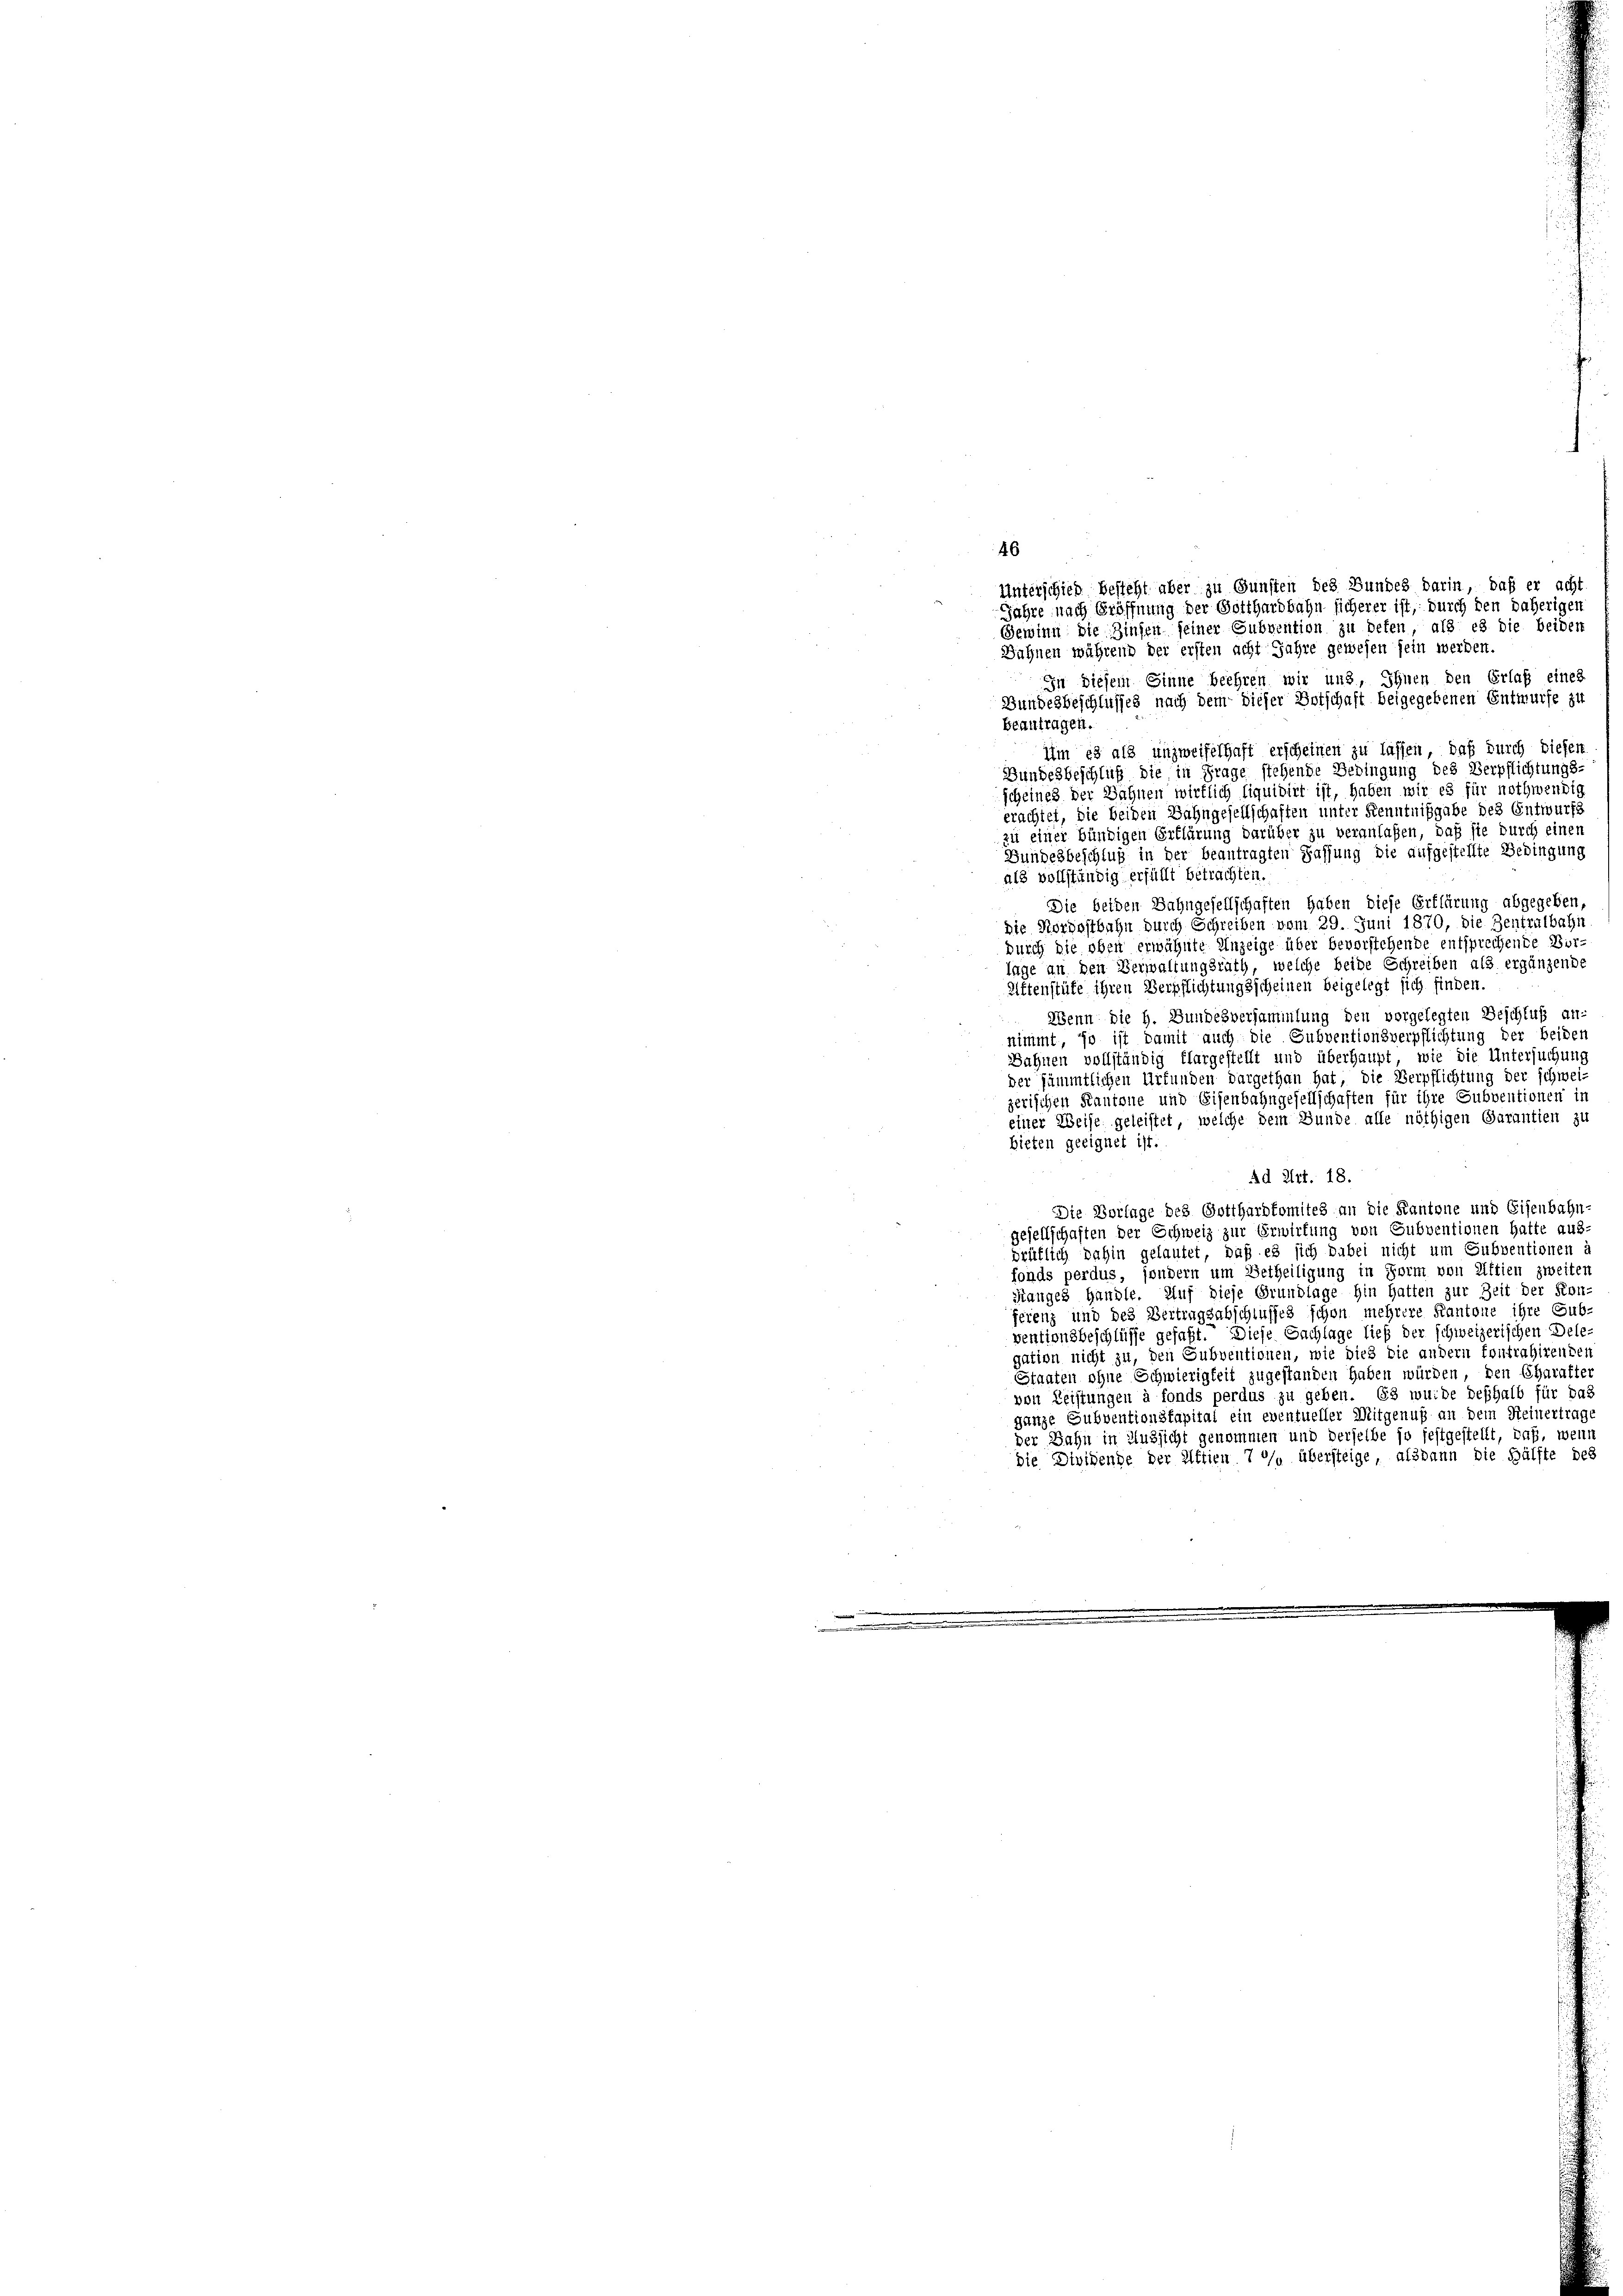
In diesem Sinne beehren wir uns, Ihnen den Erlaß eines
Bundesbeschlusses nach dem dieser Botschaft beigegebenen Entwurfe zu
Beantragen.
ihm es als unzweifelhaft erscheinen zu lassen, daß durch diesen
Bundesbeschluß die in Frage stehende Bedingung des Verpflichtungs-
scheines der Bahnen wirklich liquidirt ist, haben wir es für nothwendig
erachtet, die beiden Bahngesellschaften unter Kenntnißgabe des Entwurfs
zu einer bündigen Erklärung darüber zu veranlaßen, daß sie durch einen
Bundesbeschlug in der beantragten Fassung die aufgestellte Bedingung
als vollständig erfüllt betrachten.
Die beiden Bahngesellschaften haben diese Erklärung abgegeben,
Die Nordostbahn durch Schreiben vom 29. Juni 1870, die Zentralbahn
durch die oben erwähnte Anzeige über bevorstehende entsprechende Bur-
lage an den Verwaltungsrath, welche beide Schreiben als ergänzende
Ettenstüte ihren Verpflichtungsscheinen beigelegt sich finden,
 Wenn die h. Bundesversammlung den vorgelegten Beschluß an:
nimmt, so ist damit auch die Subventionsverpflichtung der beiden
Sahnen vollständig flargestellt und überhaupt, wie die Untersuchung
der sämmtlichen Urfunden dargethan hat, die Verpflichtung der schweizerischen Kantone und Eisenbahngesellschaften für ihre Subventionen in
einer Weise geleistet, welche dem Bunde alle nöthigen Garantien zu
bieten geeignet ist.
Ad Art. 18.
Die Vorlage des Gotthardkomites an die Kantone und Eisenbahn-
gesellschaften der Schweiz zur Erwirfung von Subventionen hatte aus-
brüflich dahin gelautet, daß es sich dabei nicht um Subventionen i
fonds perdus, sondern um Betheiligung in Form von Attien zweiten
Stanges Handle. Auf diese Grundlage hin hatten zur Zeit der Kon-
ferenz und des Vertragsabschlusses schon mehrere Kantone ihre Gub-
ventionsbeschlüsse gefaßt. Diese Sachlage ließ der schweizerischen Dele-
gation nicht zu, den Subventionen, wie dies die andern fontrahirenden
Staaten ohne Schwierigkeit zugestanden haben würden, den Charakter
von Leistungen à fonds perdus zu geben. Es wurde deßhalb für das
ganze Subventionskapital ein eventueller Mitgenuß an dem Heinertrage
der Bahn in Aussicht genommen und derselbe so festgestellt, daß, wenn
die Dividende der Aktien 7 % übersteige, alsdann die Hälfte des

46
Unterschied besteht aber zu Gunsten des Bundes darin, daß er acht
Jahre nach Eröffnung der Gotthardbahn sicherer ist, durch den daherigen
Gewinn die Zinsen seiner Subvention zu beten, als es die beiden
Sahnen während der ersten acht Jahre gewesen sein werden